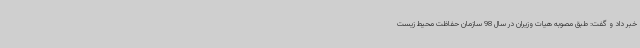
خبر داد و گفت: طبق مصوبه هیات وزیران در سال 98 سازمان حفاظت محیط زیست